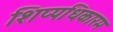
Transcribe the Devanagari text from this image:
शिप्पधिकारम